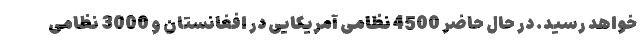
خواهد رسید. در حال حاضر 4500 نظامی آمریکایی در افغانستان و 3000 نظامی